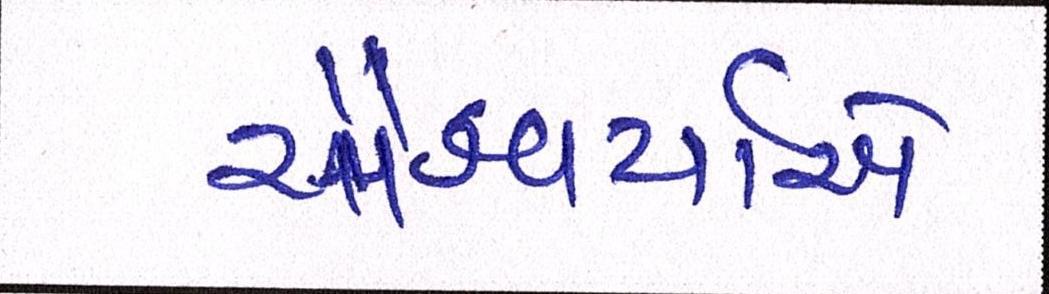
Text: ઐશ્વર્યાએ